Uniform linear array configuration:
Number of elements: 64
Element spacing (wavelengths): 0.75
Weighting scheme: hann
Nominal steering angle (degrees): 30
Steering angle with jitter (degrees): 28.351
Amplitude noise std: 0.05
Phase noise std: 0.05

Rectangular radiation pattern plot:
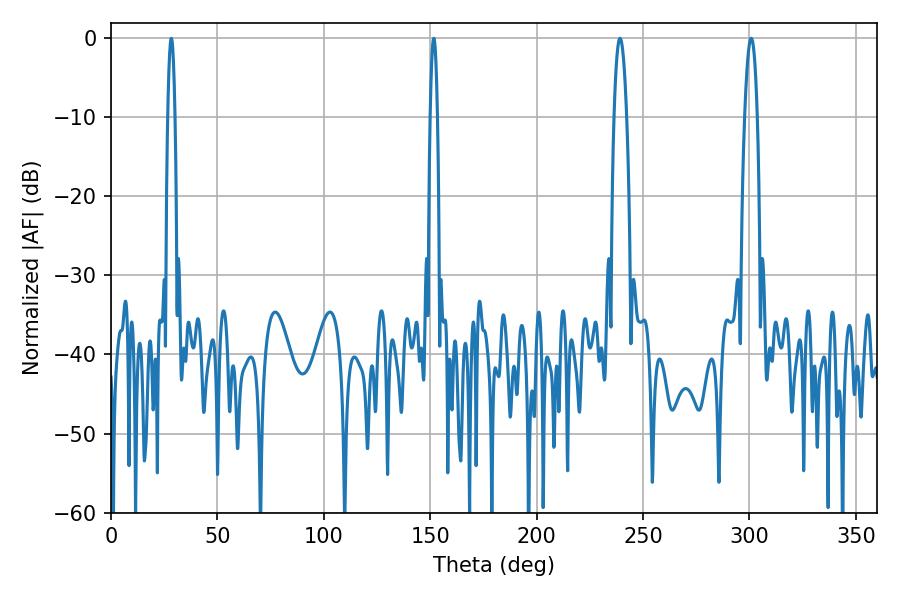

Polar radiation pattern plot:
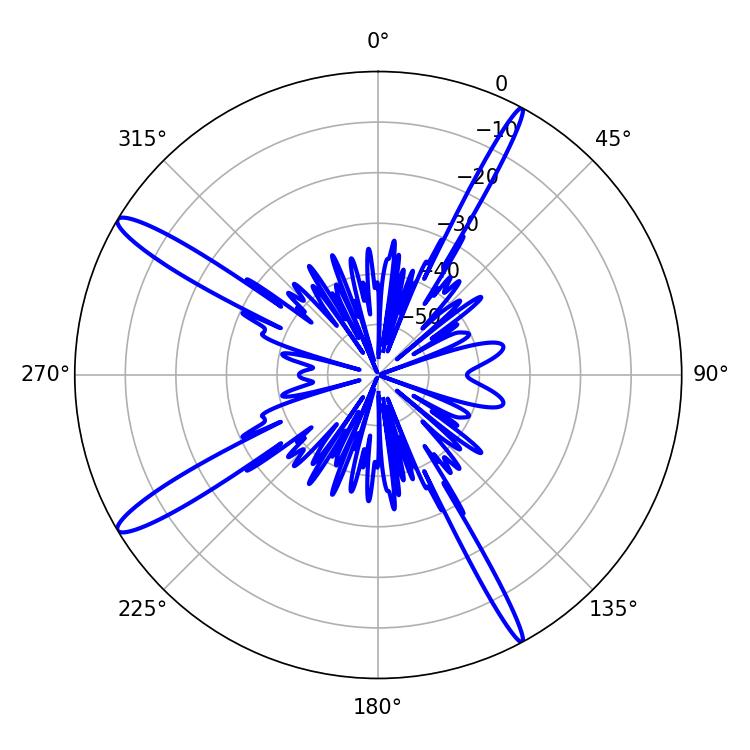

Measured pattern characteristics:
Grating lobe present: TRUE
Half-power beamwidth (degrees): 3.24
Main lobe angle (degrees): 300.78